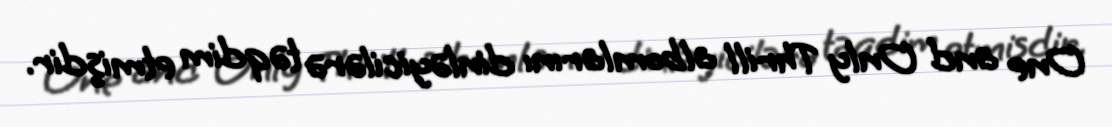
One and Only Thrill albomlarını dinləyicilərə təqdim etmişdir.